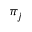
\pi _ { j }